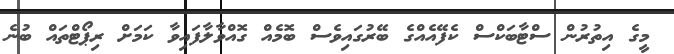
މީގެ އިތުރުން ސްޓާބަކްސް ކެފޭއެއްގެ ބޭރުގައިވެސް ބޮމެއް ގޮއްވާލާފައިވާ ކަމަށް ރިޕޯޓްތައް ބުނެ